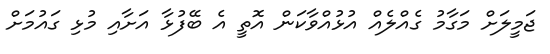
ޖަމީލަށް މަގާމު ގެއްލެއް އުޅުއްވާކަން އޮތީ އެ ބޭފުޅާ އަށާއި މުޅި ގައުމަށް